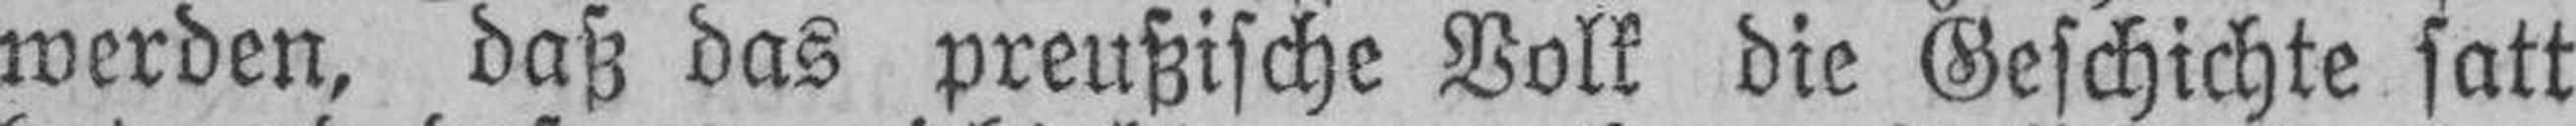
werden, daß das preußische Volk die Geschichte satt